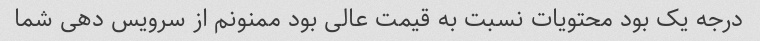
درجه یک بود محتویات نسبت به قیمت عالی بود ممنونم از سرویس دهی شما